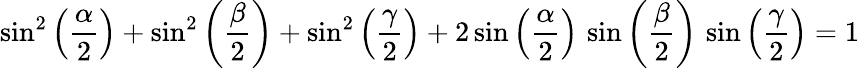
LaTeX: \sin^{2}\left({\frac{\alpha}{2}}\right)+\sin^{2}\left({\frac{\beta}{2}}\right)+\sin^{2}\left({\frac{\gamma}{2}}\right)+2\sin\left({\frac{\alpha}{2}}\right)\, \sin\left({\frac{\beta}{2}}\right)\, \sin\left({\frac{\gamma}{2}}\right)=1